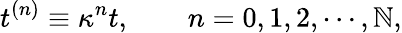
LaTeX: t^{(n)}\equiv\kappa^{n}t,\ \ \ \ \ \ \ \ n=0,1,2,\cdots,\mathbb{N},